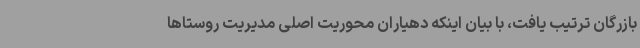
بازرگان ترتیب یافت، با بیان اینکه دهیاران محوریت اصلی مدیریت روستاها